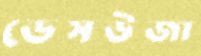
ডেসউজা